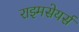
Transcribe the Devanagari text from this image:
राइमसेयर्स